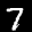
Label: 7